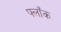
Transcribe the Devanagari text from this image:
फ्लाँक